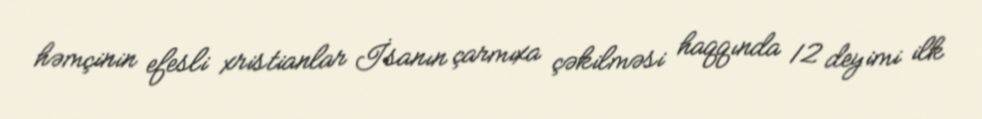
həmçinin efesli xristianlar İsanın çarmıxa çəkilməsi haqqında 12 deyimi ilk